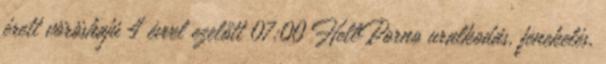
érett vöröshajú 4 évvel ezelőtt 07:00 HellPorno uralkodás, fenekelés,